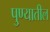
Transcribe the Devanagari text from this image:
पु्ण्यातील